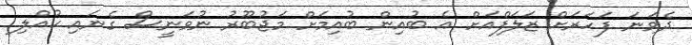
ދެވަނަ ފަހަރަށް ޒަލަފްއަށް އެ ބުއިން ބުއިމަށް މަޖުބޫރު ނުވަނީސް ގެނައި ކުއްލި